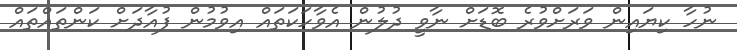
ނުހާ ކިޔައިން ވަރަށްވުރެ ބޮޑަށް ނާވީ ދުލުން އެވާހަކަތައް އިވުމުން ފުއާދަށް ކަންތައްތައް